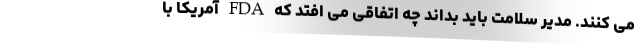
می کنند. مدیر سلامت باید بداند چه اتفاقی می افتد که FDA آمریکا با